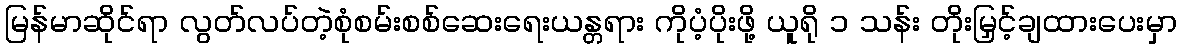
မြန်မာဆိုင်ရာ လွတ်လပ်တဲ့စုံစမ်းစစ်ဆေးရေးယန္တရား ကိုပံ့ပိုးဖို့ ယူရို ၁ သန်း တိုးမြှင့်ချထားပေးမှာ